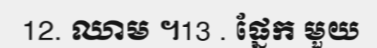
12. ឈាម ។13 . ផ្នែក មួយ